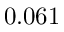
0 . 0 6 1